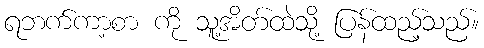
ရဘက်ကာ့စာ ကို သူ့အိတ်ထဲသို့ ပြန်ထည့်သည်။